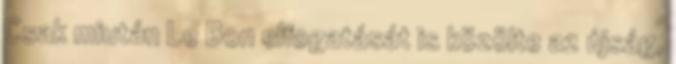
Csak miután Le Bon elfogatását is közölte az újság,